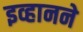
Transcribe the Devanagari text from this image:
इव्हानने